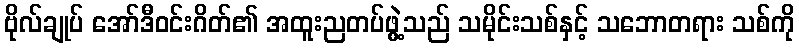
ဗိုလ်ချုပ် အော်ဒီဝင်းဂိတ်၏ အထူးညတပ်ဖွဲ့သည် သမိုင်းသစ်နှင့် သဘောတရား သစ်ကို